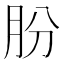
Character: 肦